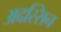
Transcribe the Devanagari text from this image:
अदस्सिन